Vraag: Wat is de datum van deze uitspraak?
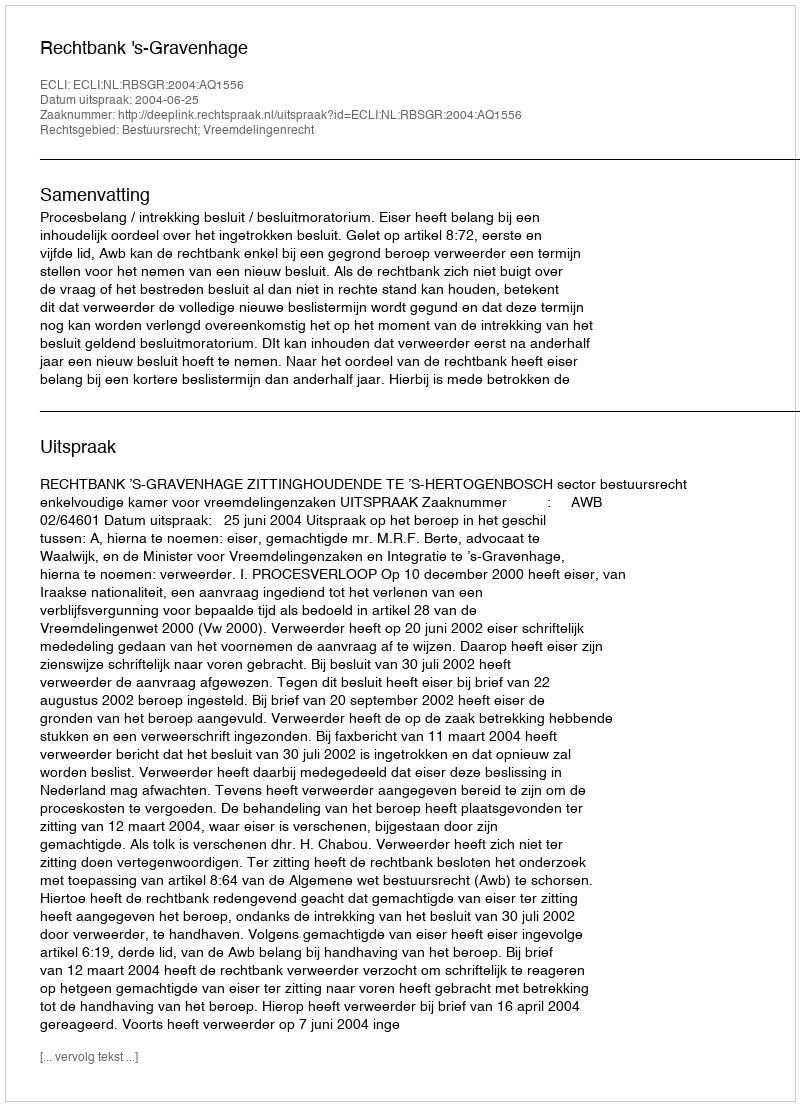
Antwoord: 2004-06-25